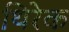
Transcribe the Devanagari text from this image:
थिरेक